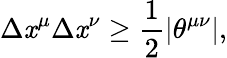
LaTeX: \Delta\mathit{x}^{\mu}\Delta\mathit{x}^{\nu}\ge{\frac{{1}}{{2}}}|\theta^{\mu\nu}|,